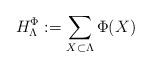
LaTeX: \begin{align*} H_\Lambda^{\Phi}:=\sum_{X\subset \Lambda} \Phi(X)\end{align*}